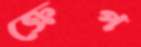
ক্রেপ